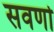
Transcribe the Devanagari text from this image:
सवर्णो